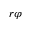
r \varphi